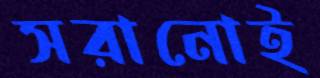
সরানোই